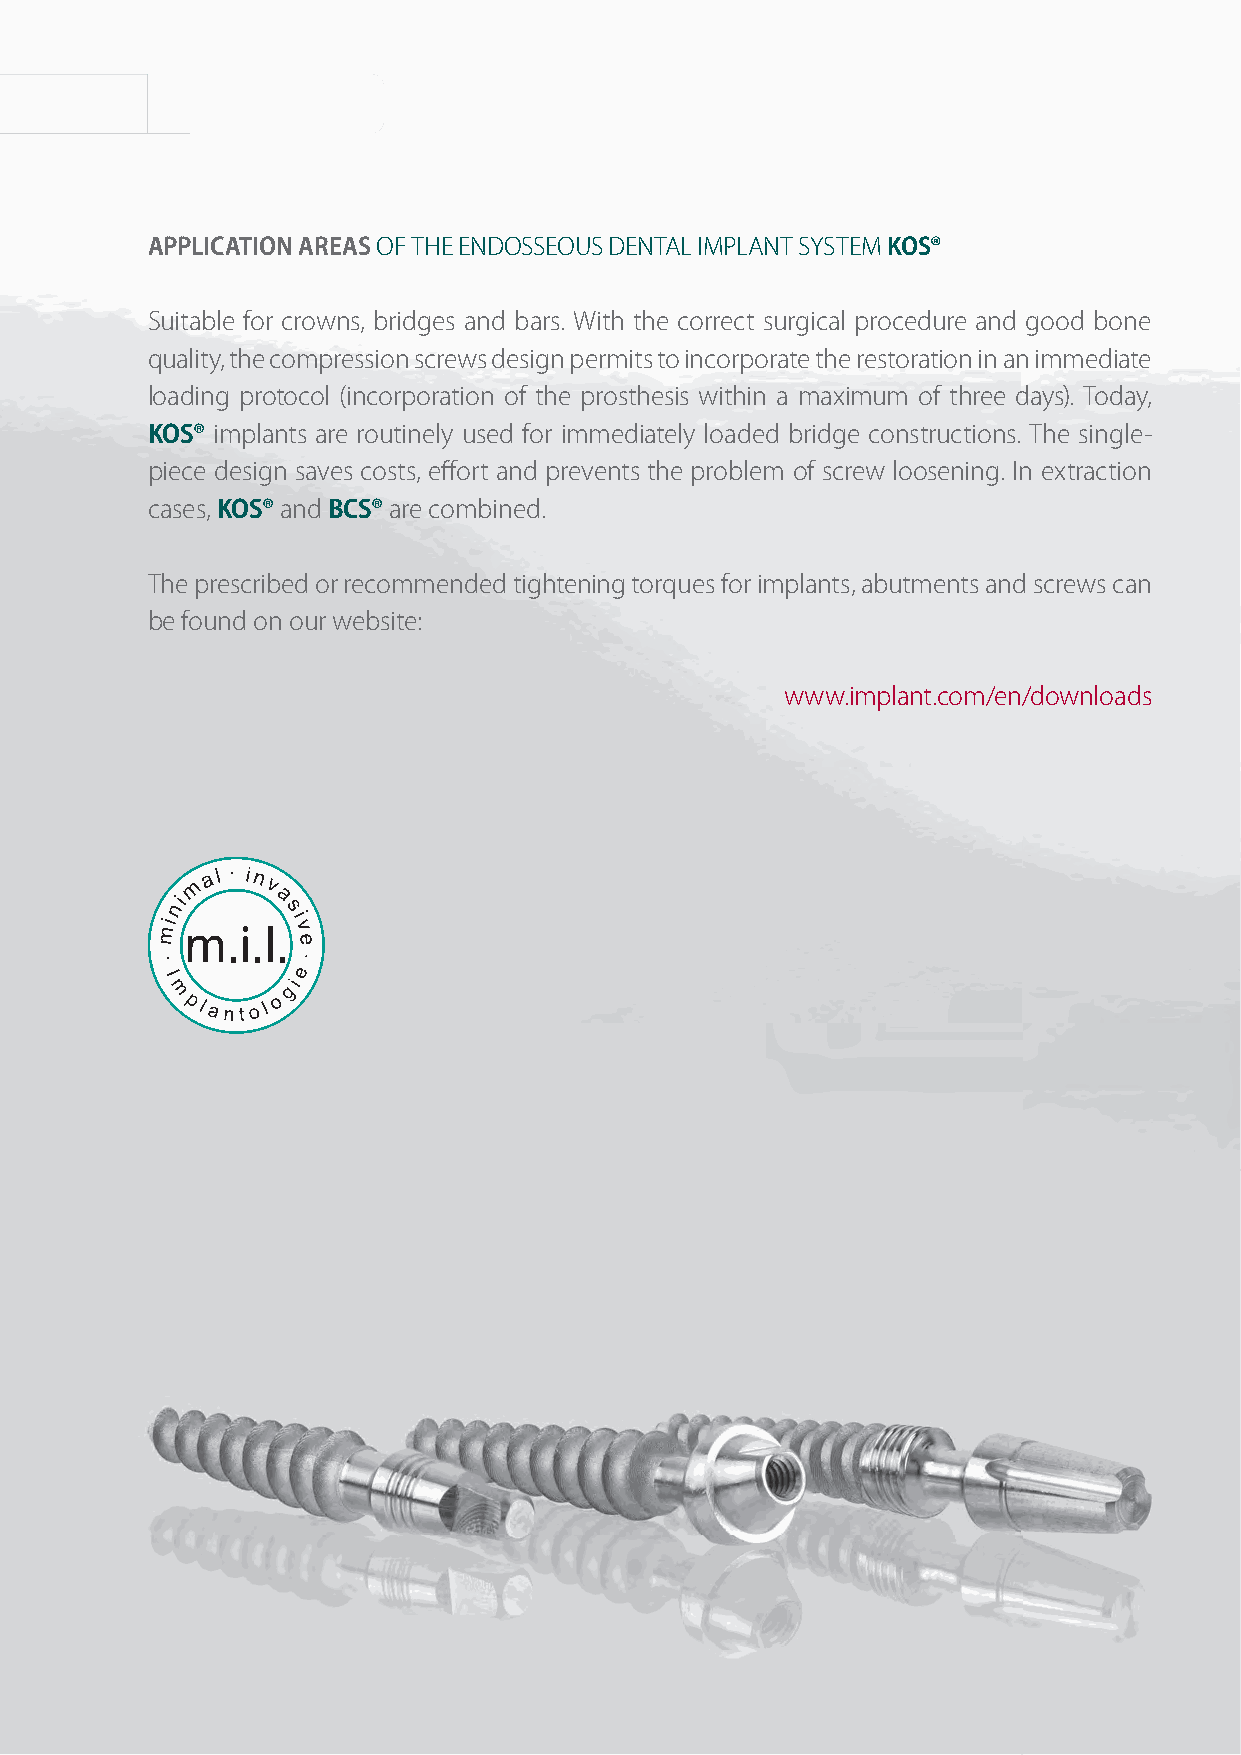
66       KKOOSS®®
 APPLICATION AREAS OF THE ENDOSSEOUS DENTAL IMPLANT SYSTEM KOS®
 Suitable for crowns, bridges and bars. With the correct surgical procedure and good bone
 quality, the compression screws design permits to incorporate the restoration in an immediate
 loading protocol (incorporation of the prosthesis within a maximum of three days). Today,
 KOS® implants are routinely used for immediately loaded bridge constructions. The single-
 piece design saves costs, effort and prevents the problem of screw loosening. In extraction
 cases, KOS® and BCS® are combined.
 The prescribed or recommended tightening torques for implants, abutments and screws can
 be found on our website:
 www.implant.com/en/downloads